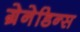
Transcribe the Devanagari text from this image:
ग्रेनेडिन्स